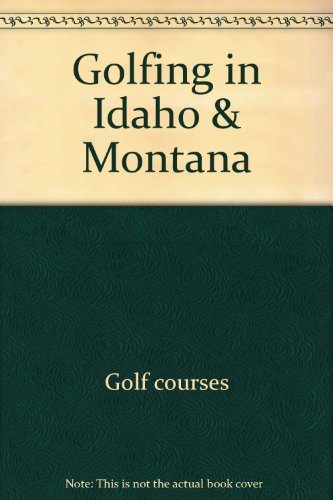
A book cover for Golfing in Idaho & Montana; Daniel MacMillan; Travel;